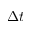
\Delta t